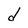
Character: d